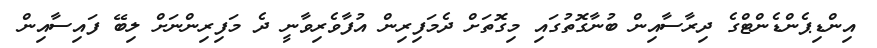
އިންޑިޕެންޑެންޓްގެ ދިރާސާއިން ބުނާގޮތުގައި މިގޮތަށް ދެމަފިރިން އުފާވެރިވާނީ ދެ މަފިރިންނަށް ލިބޭ ފައިސާއިން